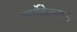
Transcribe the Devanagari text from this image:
थर्मोहेलाइन